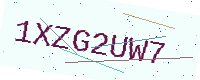
Text: 1XZG2UW7